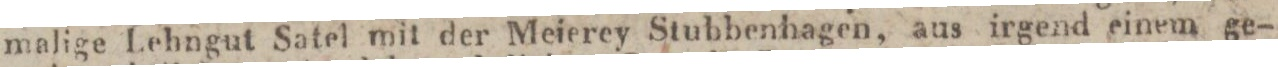
malige Lehngut Satel mit der Meierey Stubbenhagen, aus irgend einem ge-